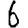
Digit: 6